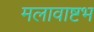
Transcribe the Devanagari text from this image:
मलावाष्टभ